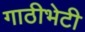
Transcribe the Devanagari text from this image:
गाठीभेटी